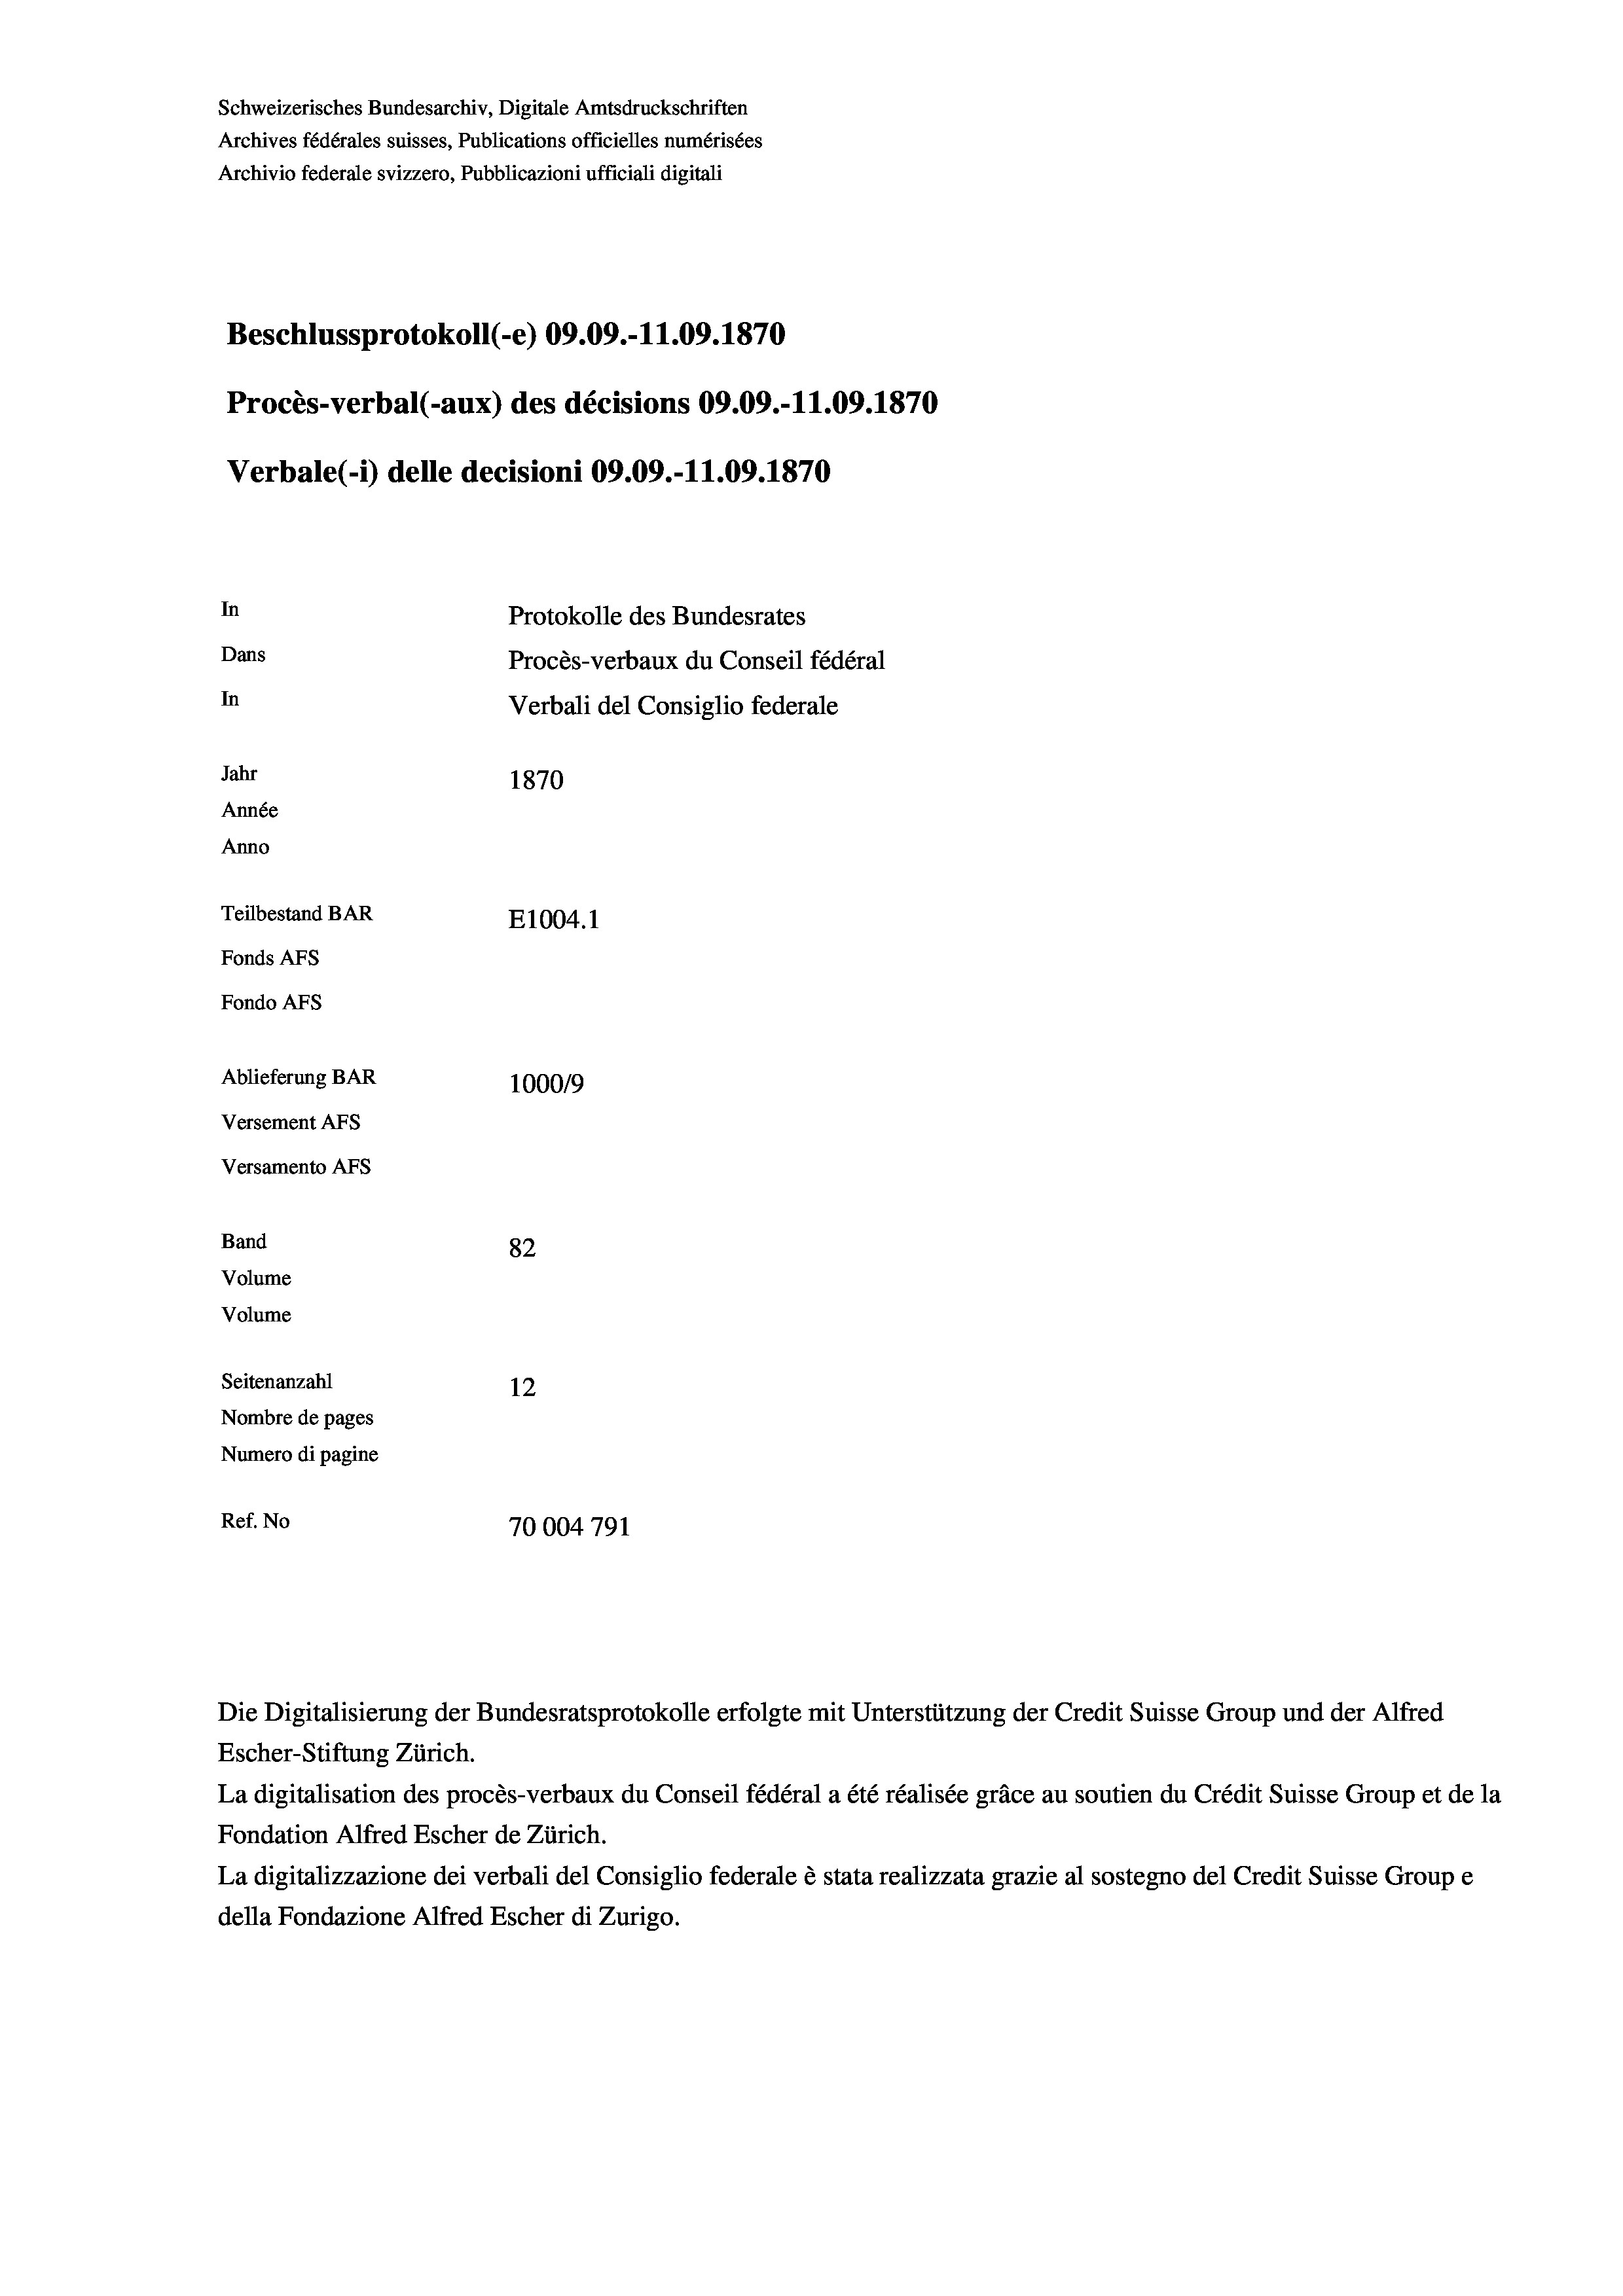
Schweizerisches Bundesarchiv, Digitale Amtsdruckschriften
Archives fédérales suisses, Publications officielles numérisées
Archivio federale svizzero, Pubblicazioni ufficiali digitali
Beschlussprotokoll (e) 09.09.-11.09. 1870
Procès-verbal (-aux) des décisions 09.09.-11.09. 1870
Verbale(*) delle decisioni 09.09.-11.09. 1870
In
Protokolle des Bundesrates
Dans
Procès-verbaux du Conseil fédéral
In
Verbali del Consiglio federale
Jahr
1870
Année
Anno
Teilbestand BAR
E1004.1
Fonds AFs
Fondo AFS
Ablieferung BAR
100019
Versement AFs
Versamento AFs
Band
82
Volume
Volume
Seitenanzahl
12
Nombre de pages
Numero di pagine
Ref. No
70004791

Escher-Stiftung Zürich.
La digitalisation des procès-verbaux du Conseil fédéral a été réalisée gräce au soutien du Crédit Suisse Group et de la
Fondation Alfred Escher de Zürich.
La digitalizzazione dei verbali del Consiglio federale è stata realizzata grazie al sostegno del Credit Suisse Groupe
della Fondazione Alfred Escher di Zurigo.

Die Digitalisierung der Bundesratsprotokolle erfolgte mit Unterstützung der Credit Suisse Group und der Alfred